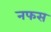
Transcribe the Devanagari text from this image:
नफस